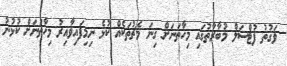
ވަގުތު ފުޓްސަލް މުބާރާތުގައި މިހާތަނަށް ގިނަ މެޗުތަކެއް ކުޅެ ނިމިފައިވާއިރު މިހާތަނަށް ކުޅުނު